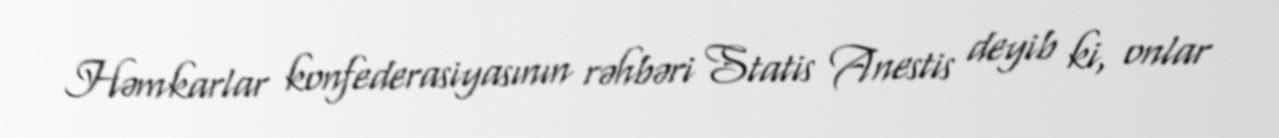
Həmkarlar konfederasiyasının rəhbəri Statis Anestis deyib ki, onlar